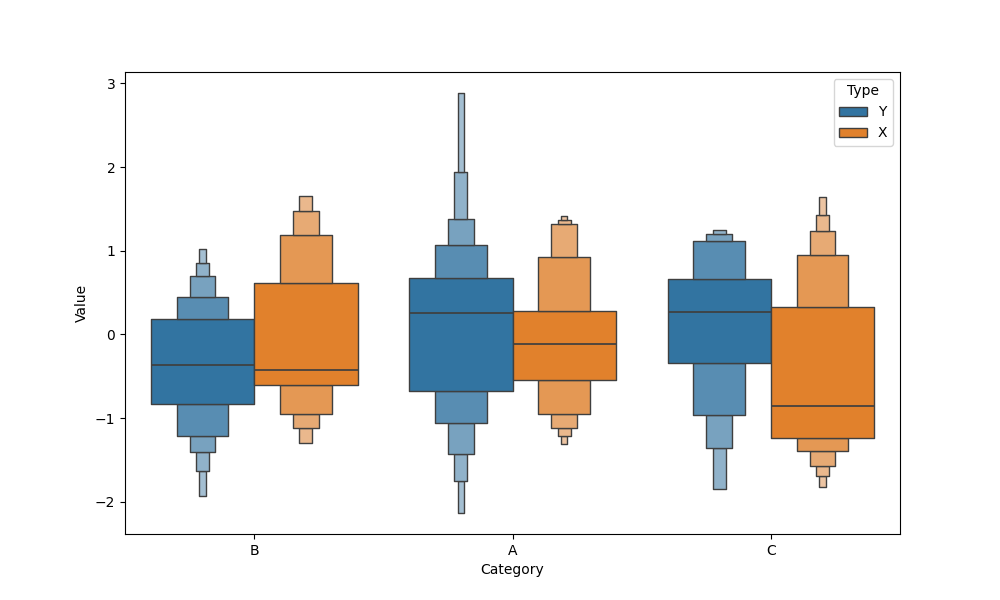
python, seaborn, boxenplot, k_depth='full', linewidth=1, scale='exponential', outlier_prop=0.1, showfliers=False